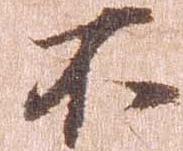
不